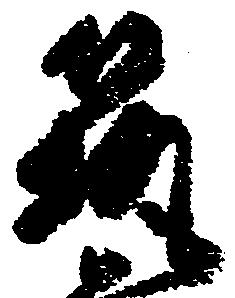
筑